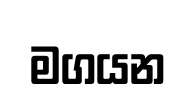
මගයන